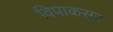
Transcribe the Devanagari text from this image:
विपाकसूत्र